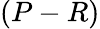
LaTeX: \left(P-R\right)